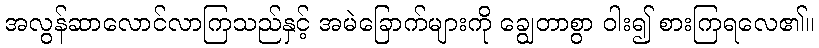
အလွန်ဆာလောင်လာကြသည်နှင့် အမဲခြောက်များကို ချွေတာစွာ ဝါး၍ စားကြရလေ၏။